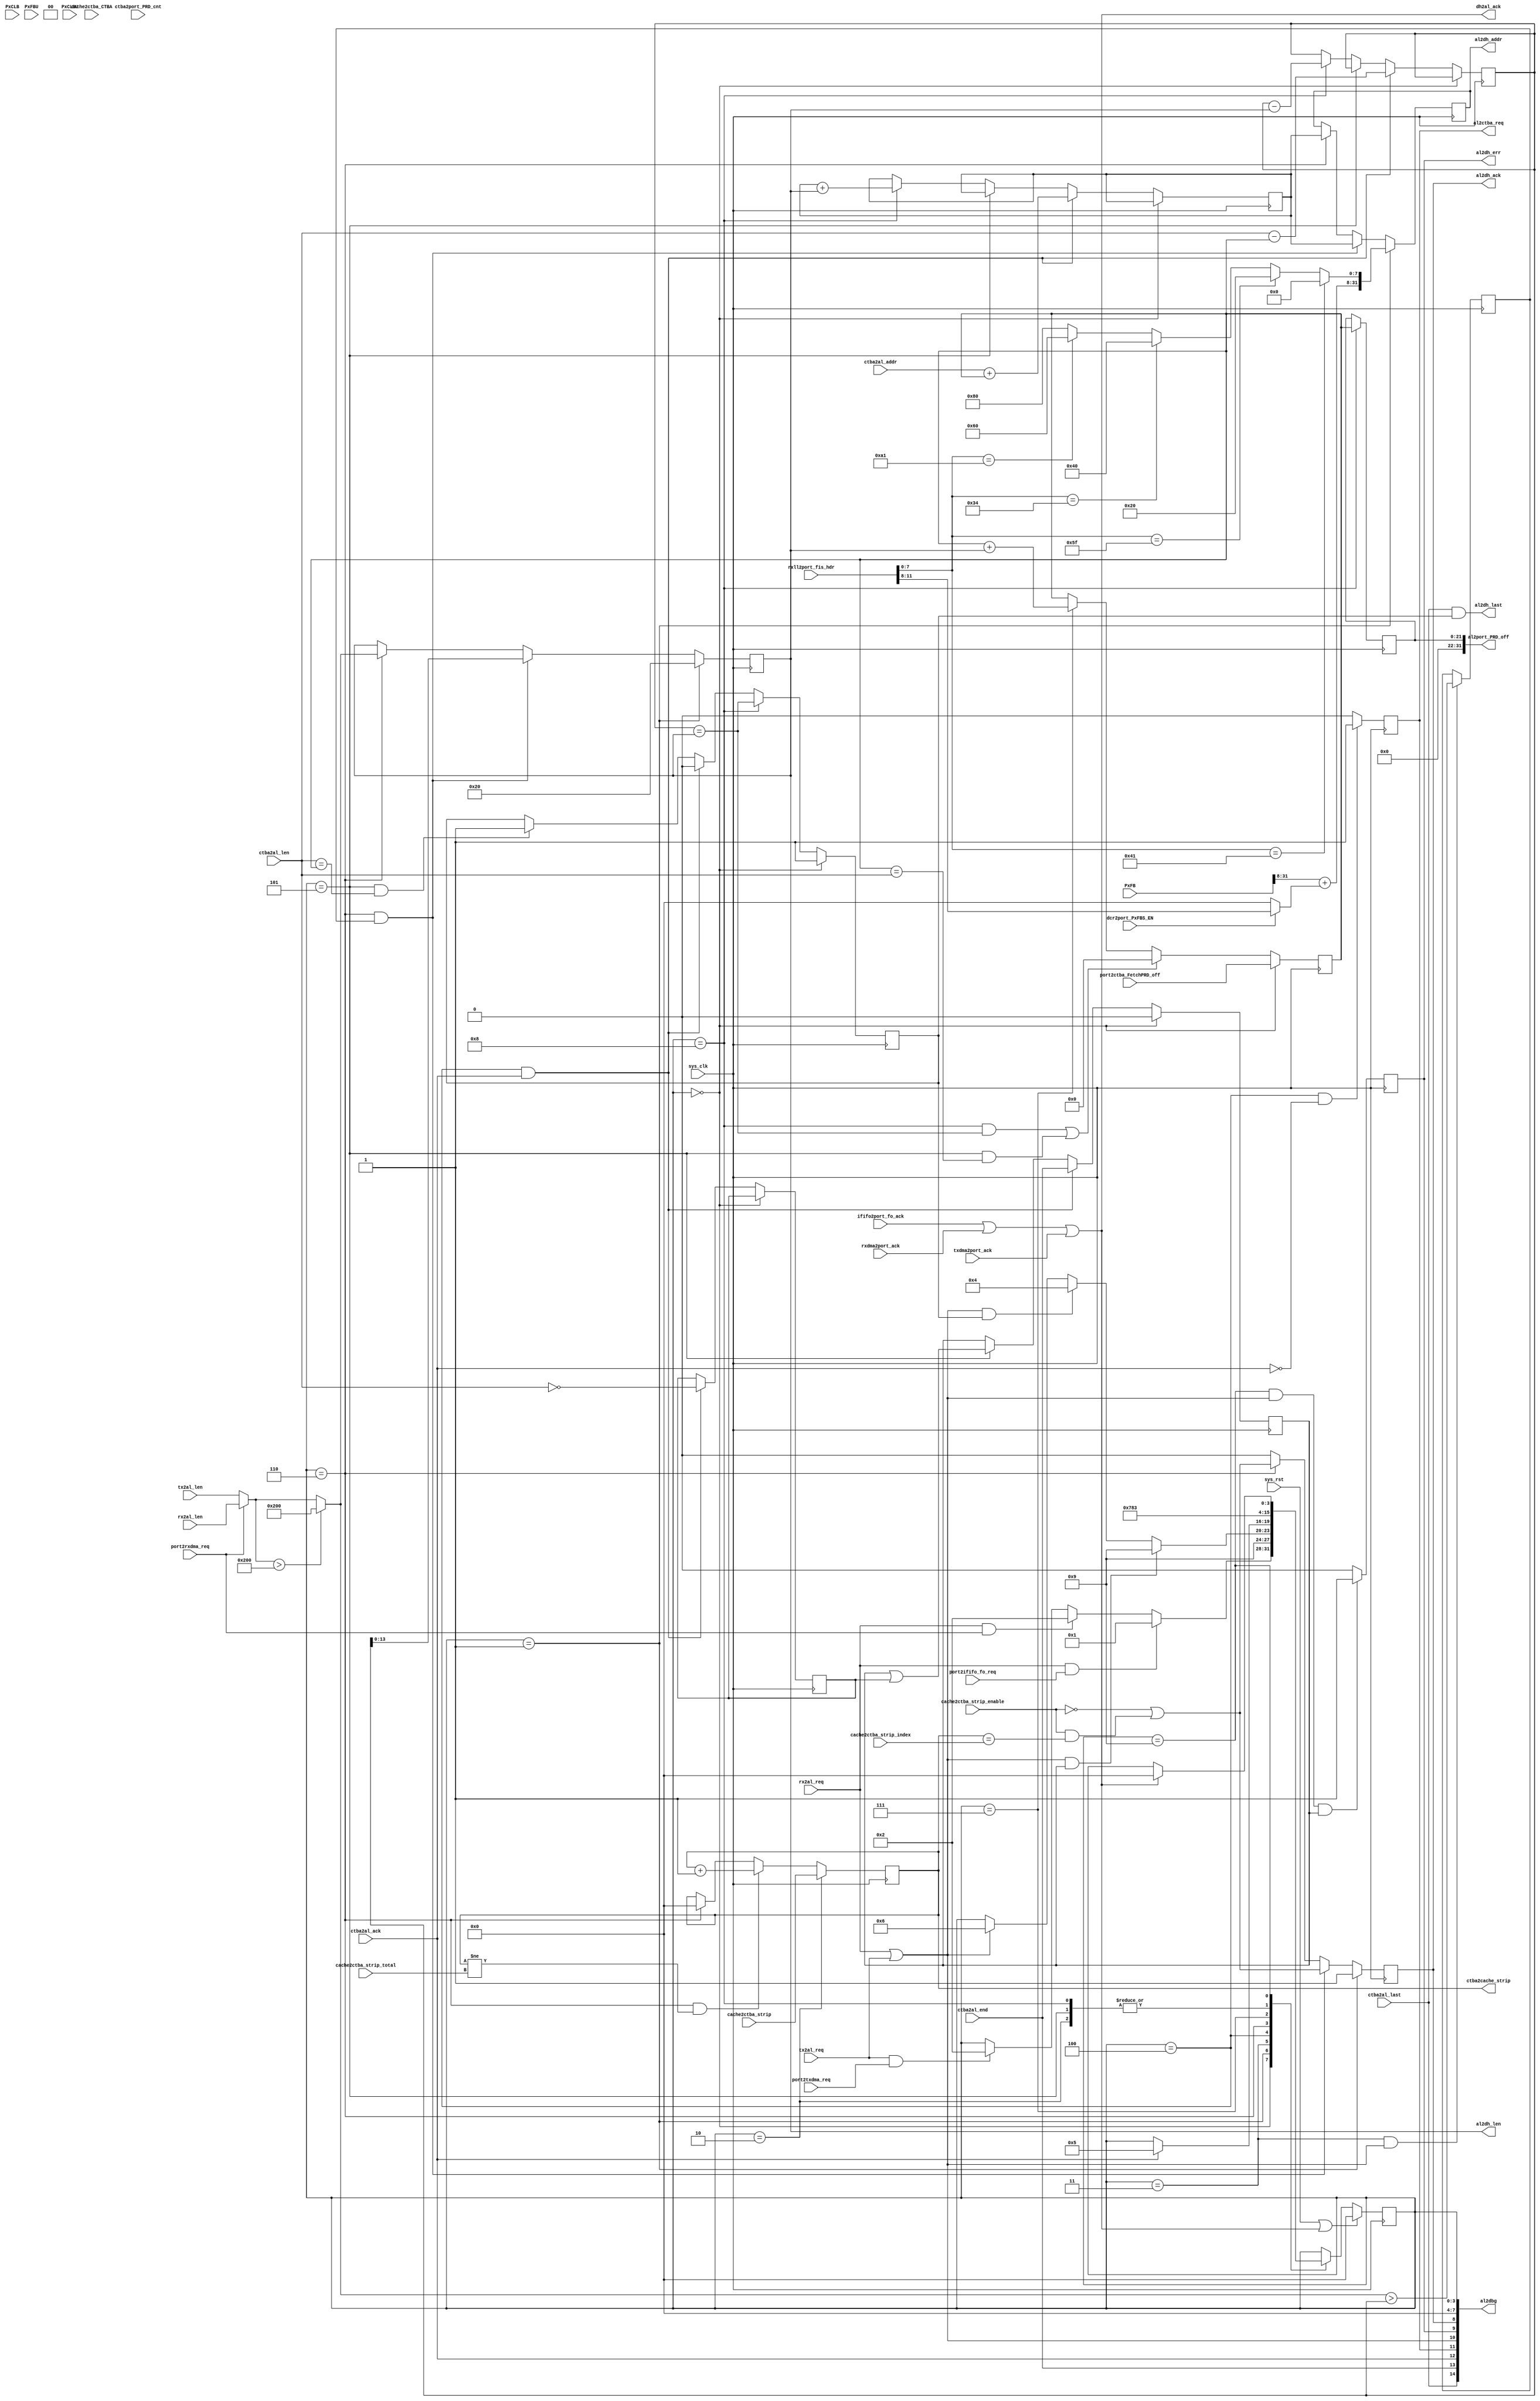
// dma_al.v --- 
// 
// Description: 
// Maintainer: 
// Version: 
// Last-Updated: 
//           By: 
//     Update #: 0
// URL: 
// Keywords: 
// Compatibility: 
// 
// 

// Commentary: 
// 
// 
// 
// 

// Change log:
// 
// 
// 

// Copyright (C) 2008,2009 Beijing Soul tech.
// -------------------------------------
// Naming Conventions:
// 	active low signals                 : "*_n"
// 	clock signals                      : "clk", "clk_div#", "clk_#x"
// 	reset signals                      : "rst", "rst_n"
// 	generics                           : "C_*"
// 	user defined types                 : "*_TYPE"
// 	state machine next state           : "*_ns"
// 	state machine current state        : "*_cs"
// 	combinatorial signals              : "*_com"
// 	pipelined or register delay signals: "*_d#"
// 	counter signals                    : "*cnt*"
// 	clock enable signals               : "*_ce"
// 	internal version of output port    : "*_i"
// 	device pins                        : "*_pin"
// 	ports                              : - Names begin with Uppercase
// Code:
module dma_al (/*AUTOARG*/
   // Outputs
   al2dh_ack, al2dh_err, al2dh_len, al2dh_addr, al2dh_last,
   al2port_PRD_off, al2ctba_req, dh2al_ack, ctba2cache_strip, al2dbg,
   // Inputs
   sys_clk, sys_rst, rx2al_req, rx2al_len, tx2al_req, tx2al_len,
   port2ififo_fo_req, ififo2port_fo_ack, port2rxdma_req,
   rxll2port_fis_hdr, port2ctba_FetchPRD_off, ctba2port_PRD_cnt,
   cache2ctba_CTBA, ctba2al_ack, ctba2al_len, ctba2al_addr,
   ctba2al_end, ctba2al_last, rxdma2port_ack, port2txdma_req,
   txdma2port_ack, dcr2port_PxFBS_EN, PxCLB, PxCLBU, PxFB, PxFBU,
   cache2ctba_strip_total, cache2ctba_strip_index,
   cache2ctba_strip_enable, cache2ctba_strip
   );
   input sys_clk;
   input sys_rst;

   input 	rx2al_req;
   input [13:0] rx2al_len;
   input 	tx2al_req;
   input [13:0] tx2al_len;
   
   output 	al2dh_ack;
   output       al2dh_err;
   output [13:0] al2dh_len;
   output [31:0] al2dh_addr;
   output        al2dh_last;

   input 	 port2ififo_fo_req;
   input         ififo2port_fo_ack;

   input 	 port2rxdma_req;
   input [15:0]  rxll2port_fis_hdr;

   input [21:0]  port2ctba_FetchPRD_off;
   output [31:0] al2port_PRD_off;
   input [15:0]  ctba2port_PRD_cnt;
   input [31:0]  cache2ctba_CTBA;
   
   input 	 ctba2al_ack;
   input [21:0]  ctba2al_len;
   input [31:0]  ctba2al_addr;
   input 	 ctba2al_end;
   input         ctba2al_last;
   output 	 al2ctba_req;
   output        dh2al_ack;

   input         rxdma2port_ack;

   input 	 port2txdma_req;
   input 	 txdma2port_ack;
   input         dcr2port_PxFBS_EN;

   input [31:0]  PxCLB;
   input [31:0]  PxCLBU;
   input [31:0]  PxFB;
   input [31:0]  PxFBU;

   input [3:0] 	 cache2ctba_strip_total;
   input [3:0] 	 cache2ctba_strip_index;
   input  	 cache2ctba_strip_enable;
   input [3:0] 	 cache2ctba_strip;
   output [3:0]  ctba2cache_strip;
   
   output [127:0] al2dbg;
   /**********************************************************************/
   /*AUTOREG*/
   // Beginning of automatic regs (for this module's undeclared outputs)
   reg			al2ctba_req;
   reg			al2dh_ack;
   reg [31:0]		al2dh_addr;
   reg			al2dh_err;
   reg [13:0]		al2dh_len;
   reg [3:0]		ctba2cache_strip;
   // End of automatics

   /**********************************************************************/
   localparam [7:0]
     C_RFIS       = 8'h34,
     C_SDB        = 8'hA1,
     C_DmaAct     = 8'h39,
     C_DmaSetup   = 8'h41,
     C_BIST       = 8'h58,
     C_PioSetup   = 8'h5f,
     C_DFIS       = 8'h46;
   localparam [3:0] // synopsys enum state_info
     S_IDLE       = 4'h0,
     S_NDR_REQ    = 4'h1,
     
     S_PRD_REQ    = 4'h2,
     S_WAIT       = 4'h3,
     S_SG_REQ     = 4'h4,
     S_SG_ACK     = 4'h5,
     S_DMA_REQ    = 4'h6,
     S_DMA_ACK    = 4'h7,
     S_DMA_POST   = 4'h8,
     
     S_DONE       = 4'h9;
   reg [3:0] // synopsys enum state_info
	     state, state_ns;
   always @(posedge sys_clk)
     begin
	if (sys_rst || dh2al_ack)
	  begin
	     state <= #1 S_IDLE;
	  end
	else
	  begin
	     state <= #1 state_ns;
	  end
     end // always @ (posedge sys_clk)
   wire dh2al_req;
   assign dh2al_req = rx2al_req || tx2al_req;
   assign dh2al_ack = ififo2port_fo_ack | rxdma2port_ack | txdma2port_ack;
   wire [13:0] dh2al_len_req;
   wire [13:0] dh2al_len;
   assign dh2al_len_req = port2rxdma_req ? rx2al_len : tx2al_len;
   assign dh2al_len = dh2al_len_req > 14'h200 ? 14'h200 : dh2al_len_req;

   reg 	seg_complete;
   reg 	tsb_end;
   always @(*)
     begin
	state_ns = state;
	case (state)
	  S_IDLE:
	    begin
	       if (rx2al_req && port2ififo_fo_req)
		 begin
		    state_ns = S_NDR_REQ;
		 end
	       else if (rx2al_req && port2rxdma_req)
		 begin
		    state_ns = S_PRD_REQ;
		 end
	       else if (tx2al_req && port2txdma_req)
		 begin
		    state_ns = S_PRD_REQ;		    
		 end
	    end
	  S_NDR_REQ:
	    begin
	       state_ns = S_DONE;
	    end
	  S_PRD_REQ:
	    begin
	       state_ns = S_WAIT;
	    end
	  S_WAIT:
	    begin
	       if (dh2al_req && tsb_end)
		 begin
		    state_ns = S_DONE;
		 end
	       else if (dh2al_req && seg_complete)
		 begin
		    state_ns = S_SG_REQ;
		 end
	       else if (dh2al_req)
		 begin
		    state_ns = S_DMA_REQ;
		 end
	    end // case: S_WAIT
	  S_SG_REQ: 
	    begin 
	       if (ctba2al_ack)
		 begin
		    state_ns = S_SG_ACK;
		 end
	    end
	  S_SG_ACK:
	    begin
	       state_ns = S_WAIT;
	    end
	  S_DMA_REQ:
	    begin
	       state_ns = S_DMA_ACK;
	    end
	  S_DMA_ACK:
	    begin
	       state_ns = S_DMA_POST;
	    end
	  S_DMA_POST:
	    begin
	       state_ns = S_WAIT;
	    end
	  S_DONE: if (dh2al_ack)
	    begin
	       state_ns = S_IDLE;
	    end
	endcase
     end // always @ (*)
   /**********************************************************************/
   reg [21:0] tsb_len;
   wire [21:0] tsblen;
   reg [21:0] buf_offset_reg;
   reg [21:0] buf_offset;
   always @(posedge sys_clk)
     begin
	if (state == S_IDLE)
	  begin
	     buf_offset_reg <= #1 port2ctba_FetchPRD_off;	     
	  end
	else if ((state == S_DMA_POST && tsb_len == al2dh_len) ||
		 (state == S_SG_ACK && buf_offset_reg == tsblen))
	  begin
	     buf_offset_reg <= #1 22'h0;
	  end
	else if (state == S_DMA_ACK)
	  begin
	     buf_offset_reg <= #1 buf_offset_reg + al2dh_len;	     
	  end
     end // always @ (posedge sys_clk)
   always @(posedge sys_clk)
     begin
	if (state == S_DMA_POST)
	  begin
	     buf_offset <= #1 buf_offset_reg;
	  end
     end
   always @(posedge sys_clk)
     begin
	if (state == S_IDLE)
	  begin
	     seg_complete <= #1 1'b1;
	  end
	else if (state == S_DMA_POST)
	  begin
	     seg_complete <= #1 tsb_len == al2dh_len;
	  end
	else if (state == S_SG_REQ && ctba2al_ack)
	  begin
	     seg_complete <= #1 1'b0;
	  end
	else if (state == S_SG_ACK && tsblen == buf_offset_reg)
	  begin
	     seg_complete <= #1 1'b1;	     
	  end
     end // always @ (posedge sys_clk)
   reg [31:0] tsb_addr;
   wire [7:0] ndr_offset;
   reg 	      tsb_less_dh2al;
   wire [11:8] rx_fis_offset;
   assign  rx_fis_offset = dcr2port_PxFBS_EN ? rxll2port_fis_hdr[11:8] : 0;
   wire al2dh_ack0;
   wire al2dh_ack1;
   assign al2dh_ack0 = ~cache2ctba_strip_enable;
   assign al2dh_ack1 =  cache2ctba_strip_enable && ctba2cache_strip == cache2ctba_strip_index;
   always @(posedge sys_clk)
     begin
	if (state == S_NDR_REQ)
	  begin
	     al2dh_ack <= #1 1'b1;
	     al2dh_len <= #1 14'h20;
	     al2dh_addr<= #1 {PxFB[31:8]+rx_fis_offset, ndr_offset};
	  end
	else if (state == S_DMA_REQ && tsb_less_dh2al)
	  begin 
	     al2dh_len   <= #1 tsb_len;
	     al2dh_addr  <= #1 tsb_addr;
	     al2dh_ack   <= #1 al2dh_ack0|al2dh_ack1;
	  end
	else if (state == S_DMA_REQ)
	  begin
	     al2dh_len   <= #1 dh2al_len;
	     al2dh_addr  <= #1 tsb_addr;
	     al2dh_ack   <= #1 al2dh_ack0|al2dh_ack1;
	  end
	else
	  begin
	     al2dh_ack   <= #1 1'b0;
	  end
     end // always @ (posedge sys_clk)
   assign al2port_PRD_off = buf_offset;
   always @(posedge sys_clk)
     begin
	if (state == S_WAIT && dh2al_req)
	  begin
	     tsb_less_dh2al <= #1 dh2al_len > tsb_len;
	  end
     end
   always @(posedge sys_clk)
     begin
	if (state == S_DONE && dh2al_req && tsb_end)
	  begin
	     al2dh_err   <= #1 1'b1;
	  end
	else
	  begin
	     al2dh_err   <= #1 1'b0;	     
	  end
     end // always @ (posedge sys_clk)
   always @(posedge sys_clk)
     begin
	if (state == S_SG_REQ && ~ctba2al_ack)
	  begin
	     al2ctba_req <= #1 1'b1;
	  end
	else
	  begin
	     al2ctba_req <= #1 1'b0;
	  end
     end // always @ (posedge sys_clk)
   assign tsblen = ctba2al_len;
   reg tsb_len_z;
   always @(posedge sys_clk)
     begin
	if (state == S_IDLE)
	  begin
	     tsb_end <= #1 1'b0;
	  end
	else if (state == S_SG_REQ && ctba2al_ack)
	  begin
	     tsb_addr <= #1 ctba2al_addr + buf_offset_reg;
	     tsb_len  <= #1 tsblen - buf_offset_reg;
	     tsb_end  <= #1 ctba2al_end;
	     tsb_len_z<= #1 tsblen == 22'h0;
	  end
	else if (state == S_SG_ACK)
	  begin
	     tsb_end  <= #1 tsb_end | (tsb_len_z);
	  end
	else if (state == S_DMA_POST)
	  begin
	     tsb_len  <= #1 tsb_len  - al2dh_len;
	     tsb_addr <= #1 tsb_addr + al2dh_len;
	  end
     end
   assign al2dh_last = ctba2al_last && seg_complete;

   always @(posedge sys_clk)
     begin
	if (state == S_PRD_REQ)
	  begin
	     ctba2cache_strip <= #1 cache2ctba_strip;
	  end
	else if (state == S_DMA_REQ && 
		 ctba2cache_strip != cache2ctba_strip_total)
	  begin
	     ctba2cache_strip <= #1 ctba2cache_strip + 1'b1;
	  end
	else if (state == S_DMA_REQ)
	  begin
	     ctba2cache_strip <= #1 0;	     
	  end
     end // always @ (posedge sys_clk)
   /**********************************************************************/
   assign ndr_offset = rxll2port_fis_hdr[7:0] == C_DmaSetup ? 8'h00 :
		       rxll2port_fis_hdr[7:0] == C_PioSetup ? 8'h20 :
		       rxll2port_fis_hdr[7:0] == C_RFIS     ? 8'h40 :
		       rxll2port_fis_hdr[7:0] == C_SDB      ? 8'h60 : 8'h80;
   assign al2dbg[7:0]   = state;
   assign al2dbg[8]     = al2dh_ack;
   assign al2dbg[9]     = al2dh_err;
   assign al2dbg[10]    = dh2al_req;
   assign al2dbg[11]    = al2ctba_req;
   assign al2dbg[12]    = ctba2al_ack;
   assign al2dbg[13]    = ctba2al_end;
   assign al2dbg[14]    = ctba2al_last;
   assign al2dbg[31:16] = al2dh_len;
   assign al2dbg[63:32] = ctba2al_addr;
   assign al2dbg[95:64] = al2dh_addr;
   assign al2dbg[127:96]= cache2ctba_CTBA;
   /**********************************************************************/
   /*AUTOASCIIENUM("state", "state_ascii", "S_")*/
   // Beginning of automatic ASCII enum decoding
   reg [63:0]		state_ascii;		// Decode of state
   always @(state) begin
      case ({state})
	S_IDLE:     state_ascii = "idle    ";
	S_NDR_REQ:  state_ascii = "ndr_req ";
	S_PRD_REQ:  state_ascii = "prd_req ";
	S_WAIT:     state_ascii = "wait    ";
	S_SG_REQ:   state_ascii = "sg_req  ";
	S_SG_ACK:   state_ascii = "sg_ack  ";
	S_DMA_REQ:  state_ascii = "dma_req ";
	S_DMA_ACK:  state_ascii = "dma_ack ";
	S_DMA_POST: state_ascii = "dma_post";
	S_DONE:     state_ascii = "done    ";
	default:    state_ascii = "%Error  ";
      endcase
   end
   // End of automatics
endmodule
// 
// dma_al.v ends here